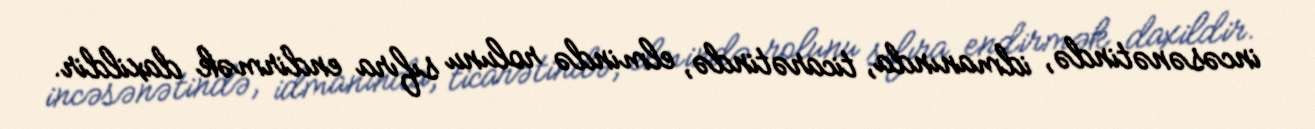
incəsənətində, idmanında, ticarətində, elmində rolunu sıfıra endirmək daxildir.